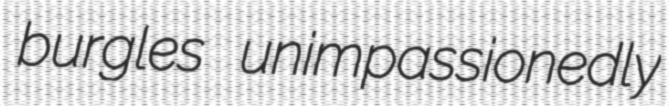
burgles unimpassionedly